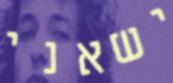
ישאני